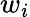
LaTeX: w_{i}